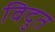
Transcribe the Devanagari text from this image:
विदुत